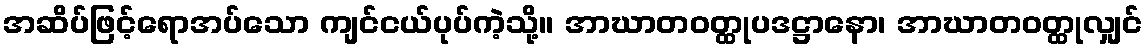
အဆိပ်ဖြင့်ရောအပ်သော ကျင်ငယ်ပုပ်ကဲ့သို့။ အာဃာတဝတ္ထုပဒဋ္ဌာနော၊ အာဃာတဝတ္ထုလျှင်